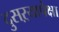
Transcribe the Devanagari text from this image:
दुसऱ्यापेक्षा